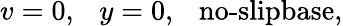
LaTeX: v=0,~~~y=0,~~~\textrm{no-slipbase,}